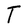
Character: T